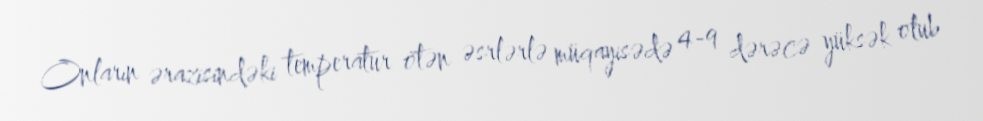
Onların ərazisindəki temperatur ötən əsrlərlə müqayisədə 4-9 dərəcə yüksək olub